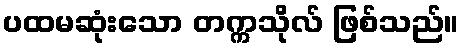
ပထမဆုံးသော တက္ကသိုလ် ဖြစ်သည်။